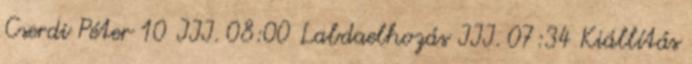
Cserdi Péter 10 III. 08:00 Labdaelhozás III. 07:34 Kiállítás